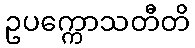
ဥပက္ကောသတီတိ